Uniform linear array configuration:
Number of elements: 12
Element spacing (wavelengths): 0.25
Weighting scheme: uniform
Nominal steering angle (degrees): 60
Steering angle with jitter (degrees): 61.432
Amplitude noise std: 0.05
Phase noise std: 0.05

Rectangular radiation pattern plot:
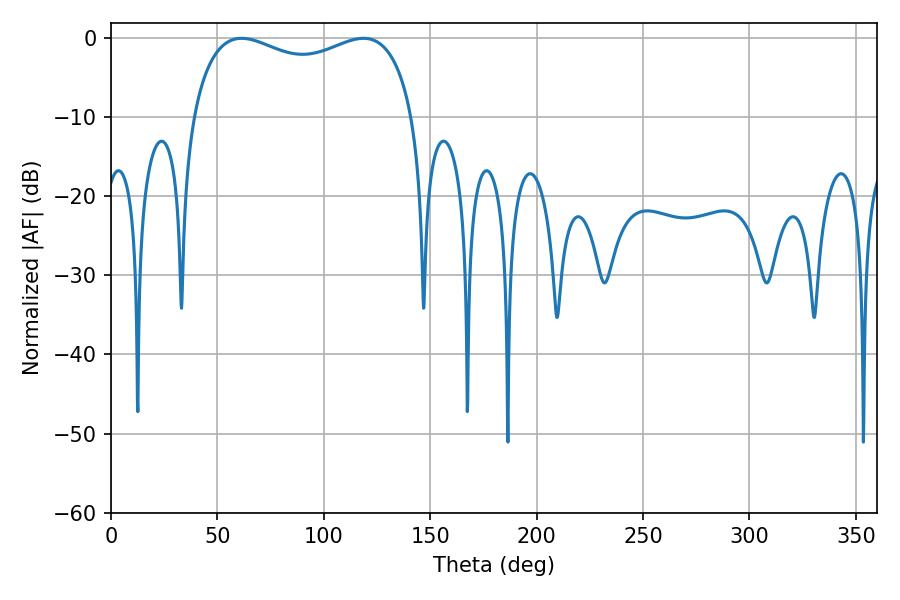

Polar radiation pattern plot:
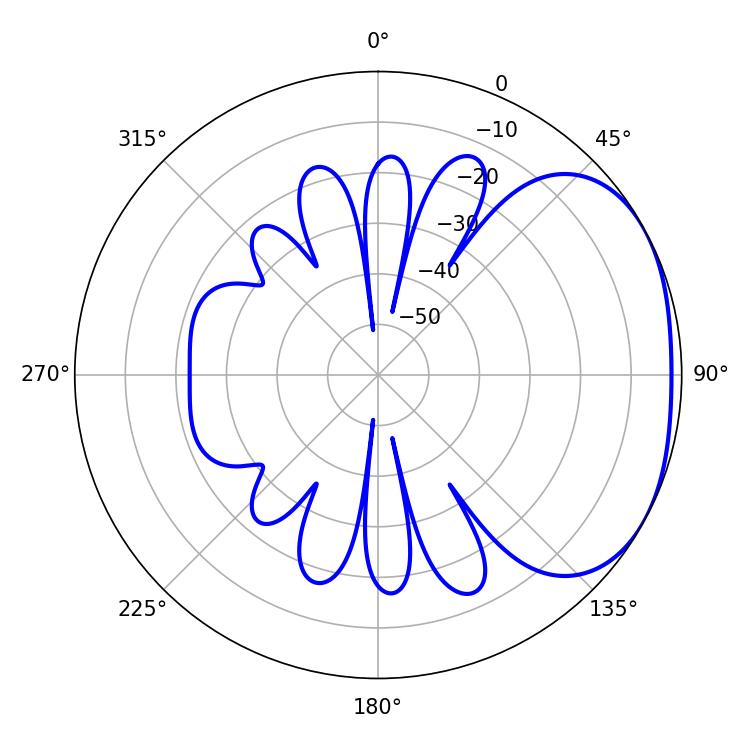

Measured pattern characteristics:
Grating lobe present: FALSE
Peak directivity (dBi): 2.394
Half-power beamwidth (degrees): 86.04
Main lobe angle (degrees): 61.38